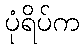
ပုံရိပ်က